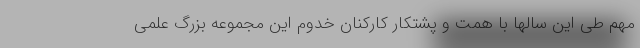
مهم طی این سالها با همت و پشتکار کارکنان خدوم این مجموعه بزرگ علمی